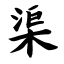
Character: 渠